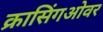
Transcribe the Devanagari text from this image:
क्रासिंगओवर